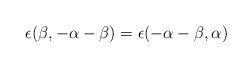
\begin{align*}\epsilon (\beta,-\alpha -\beta ) = \epsilon (-\alpha -\beta, \alpha )\end{align*}